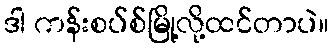
ဒါ ကန်းစပ်စ်မြို့လို့ထင်တာပဲ။